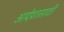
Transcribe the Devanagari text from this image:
आदेशासाठी